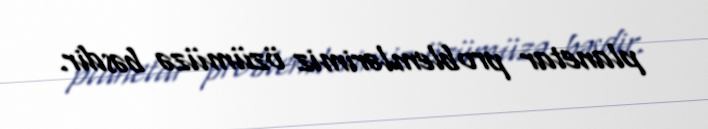
planetar problemlərimiz özümüzə bəsdir.